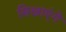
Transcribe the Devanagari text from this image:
सिखाएंगे